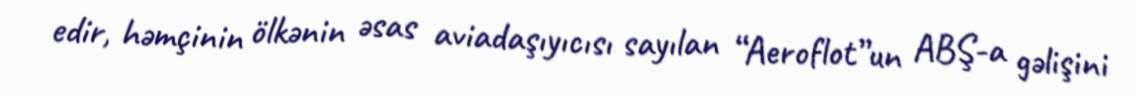
edir, həmçinin ölkənin əsas aviadaşıyıcısı sayılan “Aeroflot”un ABŞ-a gəlişini